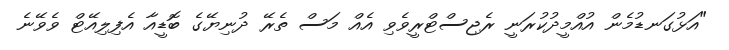
"އަޅުގަނޑުމެން އުއްމީދުކުރަނީ ރެޖިސްޓްރީވެވި އެއް މަސް ތެރޭ ދުނިޔޭގެ ބޮޑީއާ އެފިލިއޭޓް ވެވޭނެ